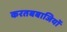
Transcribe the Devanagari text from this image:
करतबबाजियों